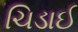
ચિડાઈ